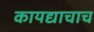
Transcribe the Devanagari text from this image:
कायद्याचाच